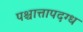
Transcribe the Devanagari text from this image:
पश्चात्तापदग्ध